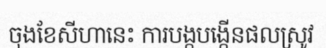
ចុងខែសីហានេះ ការបង្កបង្កើនផលស្រូវ